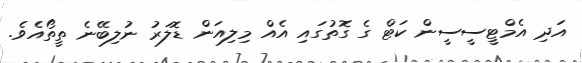
އަދި އެމްޓީސީސީން ކަޓް ގެ ގޮތުގައި އެއް މިލިއަން ޑޮލަރު ނުލިބޭނެ ތީތޯއެވެ.